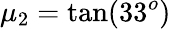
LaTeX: \mu_{2}=\tan(33^{o})